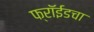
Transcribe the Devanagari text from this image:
फ्रॉईडचा